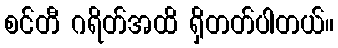
စင်တီ ဂရိတ်အထိ ရှိတတ်ပါတယ်။